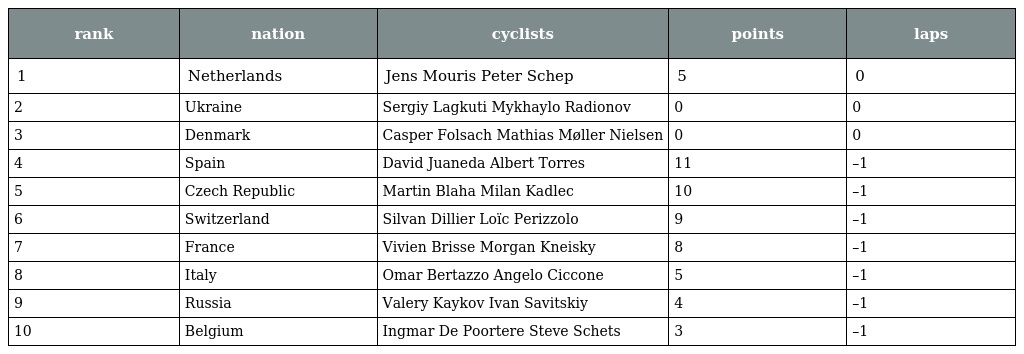
| rank | nation | cyclists | points | laps |
 | --- | --- | --- | --- | --- |
 | 1 | Netherlands | Jens Mouris Peter Schep | 5 | 0 |
 | 2 | Ukraine | Sergiy Lagkuti Mykhaylo Radionov | 0 | 0 |
 | 3 | Denmark | Casper Folsach Mathias Møller Nielsen | 0 | 0 |
 | 4 | Spain | David Juaneda Albert Torres | 11 | –1 |
 | 5 | Czech Republic | Martin Blaha Milan Kadlec | 10 | –1 |
 | 6 | Switzerland | Silvan Dillier Loïc Perizzolo | 9 | –1 |
 | 7 | France | Vivien Brisse Morgan Kneisky | 8 | –1 |
 | 8 | Italy | Omar Bertazzo Angelo Ciccone | 5 | –1 |
 | 9 | Russia | Valery Kaykov Ivan Savitskiy | 4 | –1 |
 | 10 | Belgium | Ingmar De Poortere Steve Schets | 3 | –1 |